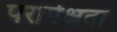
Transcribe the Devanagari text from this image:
परापेक्षता